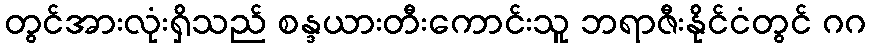
တွင်အားလုံးရှိသည် စန္ဒယားတီးကောင်းသူ ဘရာဇီးနိုင်ငံတွင် ဂဂ